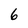
Character: 6